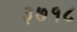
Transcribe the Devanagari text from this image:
३७१८